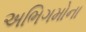
અભિગમોના